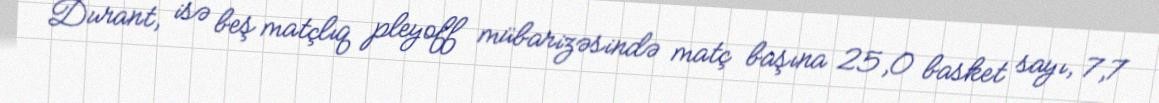
Durant, isə beş matçlıq pleyoff mübarizəsində matç başına 25,0 basket sayı, 7,7